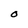
Character: O